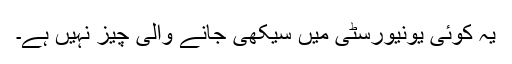
یہ کوئی یونیورسٹی میں سیکھی جانے والی چیز نہیں ہے۔